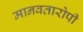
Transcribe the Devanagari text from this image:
मानवतारोपी